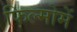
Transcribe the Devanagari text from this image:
फिल्मोमें